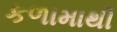
કળામાથી